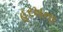
હરખના